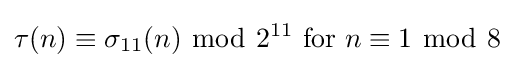
\tau (n)\equiv \sigma _{11}(n)\ {\bmod {\ }}2^{11}{\text{ for }}n\equiv 1\ {\bmod {\ }}8